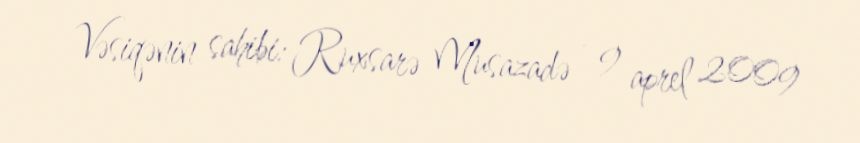
Vəsiqənin sahibi: Ruxsarə Musazadə - 9 aprel 2009